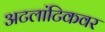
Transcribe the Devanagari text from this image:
अटलांटिकवर